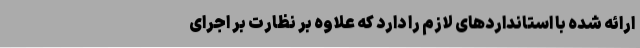
ارائه شده با استانداردهای لازم را دارد که علاوه بر نظارت بر اجرای